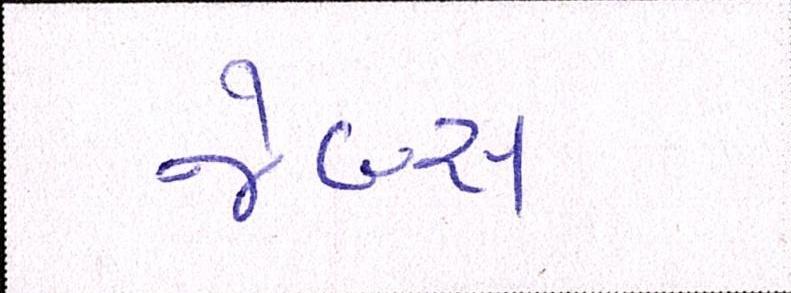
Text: જેબ્સ